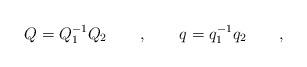
LaTeX: \begin{align*} Q=Q_1^{-1} Q_2 \qquad , \qquad q=q_1^{-1} q_2 \qquad ,\end{align*}